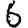
Digit: 6